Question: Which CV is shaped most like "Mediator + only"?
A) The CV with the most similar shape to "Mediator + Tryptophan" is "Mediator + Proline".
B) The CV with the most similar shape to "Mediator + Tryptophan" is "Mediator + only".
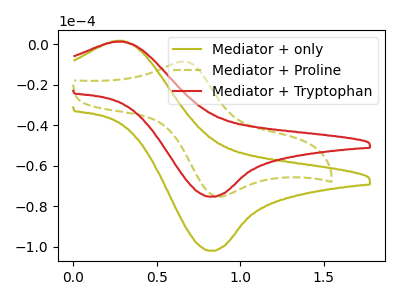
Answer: <think>The olive curve "Mediator + only" has an anodic peak at (0.25V, 1.65uA) and a cathodic peak at (0.80V, -102.05uA). The olive dashed curve "Mediator + Proline" has an anodic peak at (0.65V, -8.65uA) and a cathodic peak at (0.85V, -75.30uA). The red curve "Mediator + Tryptophan" has an anodic peak at (0.25V, 1.20uA) and a cathodic peak at (0.80V, -75.35uA).
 "Mediator + only" and "Mediator + Proline" have at least one peak that do not match. All the peaks in "Mediator + only" have a peak in "Mediator + Tryptophan" at the same potential. Every peak in "Mediator + only" is higher than every peak in "Mediator + Tryptophan". "Mediator + Proline" and "Mediator + Tryptophan" have at least one peak that do not match.</think>
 <answer>B) The CV with the most similar shape to "Mediator + Tryptophan" is "Mediator + only".</answer>
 <eval>B</eval>